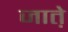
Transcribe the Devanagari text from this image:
जात़े